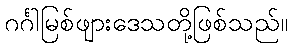
ဂင်္ဂါမြစ်ဖျားဒေသတို့ဖြစ်သည်။